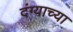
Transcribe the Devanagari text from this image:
दंग्याच्या